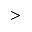
>